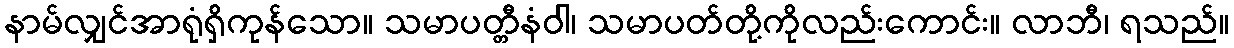
နာမ်လျှင်အာရုံရှိကုန်သော။ သမာပတ္တီနံဝါ၊ သမာပတ်တို့ကိုလည်းကောင်း။ လာဘီ၊ ရသည်။